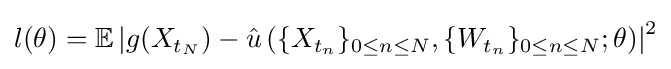
l(\theta )=\mathbb {E} \left|g(X_{t_{N}})-{\hat {u}}\left(\{X_{t_{n}}\}_{0\leq n\leq N},\{W_{t_{n}}\}_{0\leq n\leq N};\theta \right)\right|^{2}